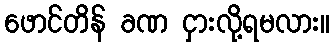
ဖောင်တိန် ခဏ ငှားလို့ရမလား။